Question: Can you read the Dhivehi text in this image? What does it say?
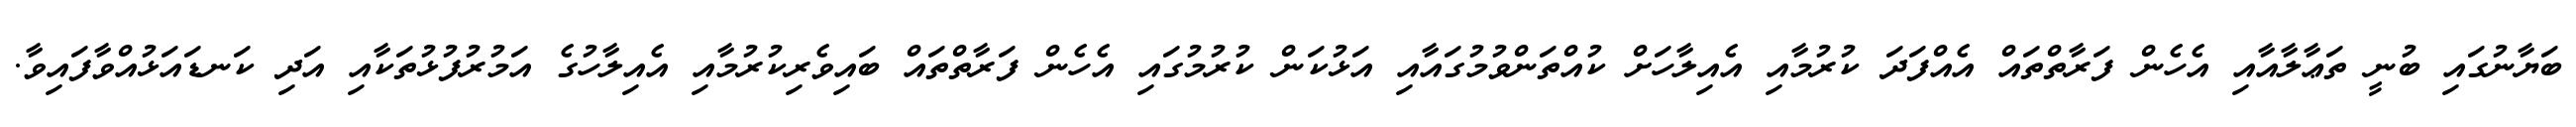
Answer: ބަޔާނުގައި ބުނީ ތަޢާލާއާއި އެހެން ފަރާތްތައް އެއްފަދަ ކުރުމާއި އެއިލާހަށް ކުއްތަންވުމުގައާއި އަޅުކަން ކުރުމުގައި އެހެން ފަރާތްތައް ބައިވެރިކުރުމާއި އެއިލާހުގެ އަމުރުފުޅުތަކާއި އަދި ކަނޑައަޅުއްވާފައިވާ.